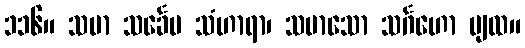
၁၁၆။ သမာ သင်္ခေပ သံဟာရာ၊ သမာသော သင်္ဂဟော ပျထ။